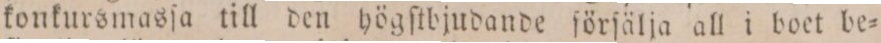
konkursmasſa till den högſtbjudande förſälja all i boet be=